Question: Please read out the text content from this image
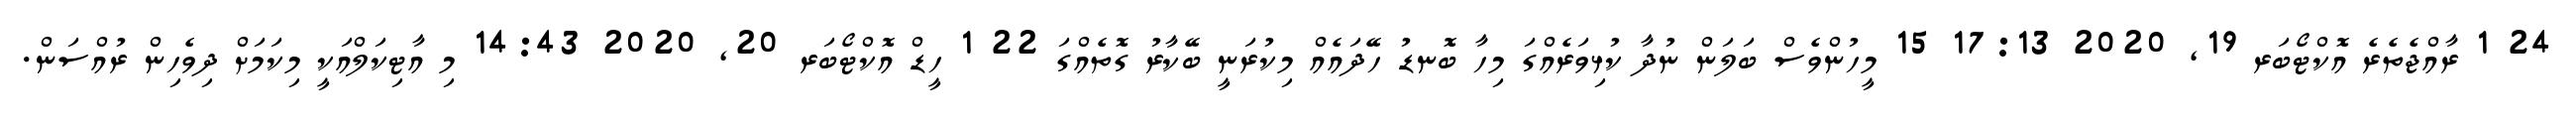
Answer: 24 1 ރާއްޖެތެރެ އޮކްޓޯބަރ 19, 2020 17:13 15 މީހުންވެސް ބަލަން ނުދާ ކުޅިވަރެއްގަ މިހާ ބޮނޑު ހޭދައެއް މިކުރަނީ ބޭކާރު ގޮތެއްގަ 22 1 ހީޑް އޮކްޓޯބަރ 20, 2020 14:43 މި އާޓިކަލްއަކީ މިކަމަށް ދިވެހިން ރުއްސަން.